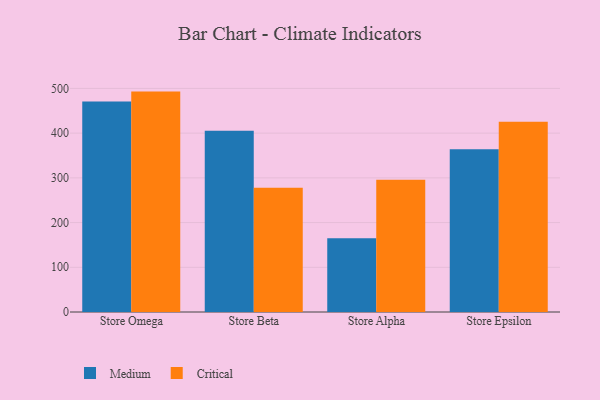
{"axis": {"x": "Store", "y": "Headcount"}, "legend": ["Critical", "Medium"], "data": [{"x": "Store Omega", "y": 470.5, "type": "Medium"}, {"x": "Store Omega", "y": 492.9, "type": "Critical"}, {"x": "Store Beta", "y": 405.6, "type": "Medium"}, {"x": "Store Beta", "y": 278.0, "type": "Critical"}, {"x": "Store Alpha", "y": 164.7, "type": "Medium"}, {"x": "Store Alpha", "y": 296.0, "type": "Critical"}, {"x": "Store Epsilon", "y": 364.0, "type": "Medium"}, {"x": "Store Epsilon", "y": 425.6, "type": "Critical"}]}